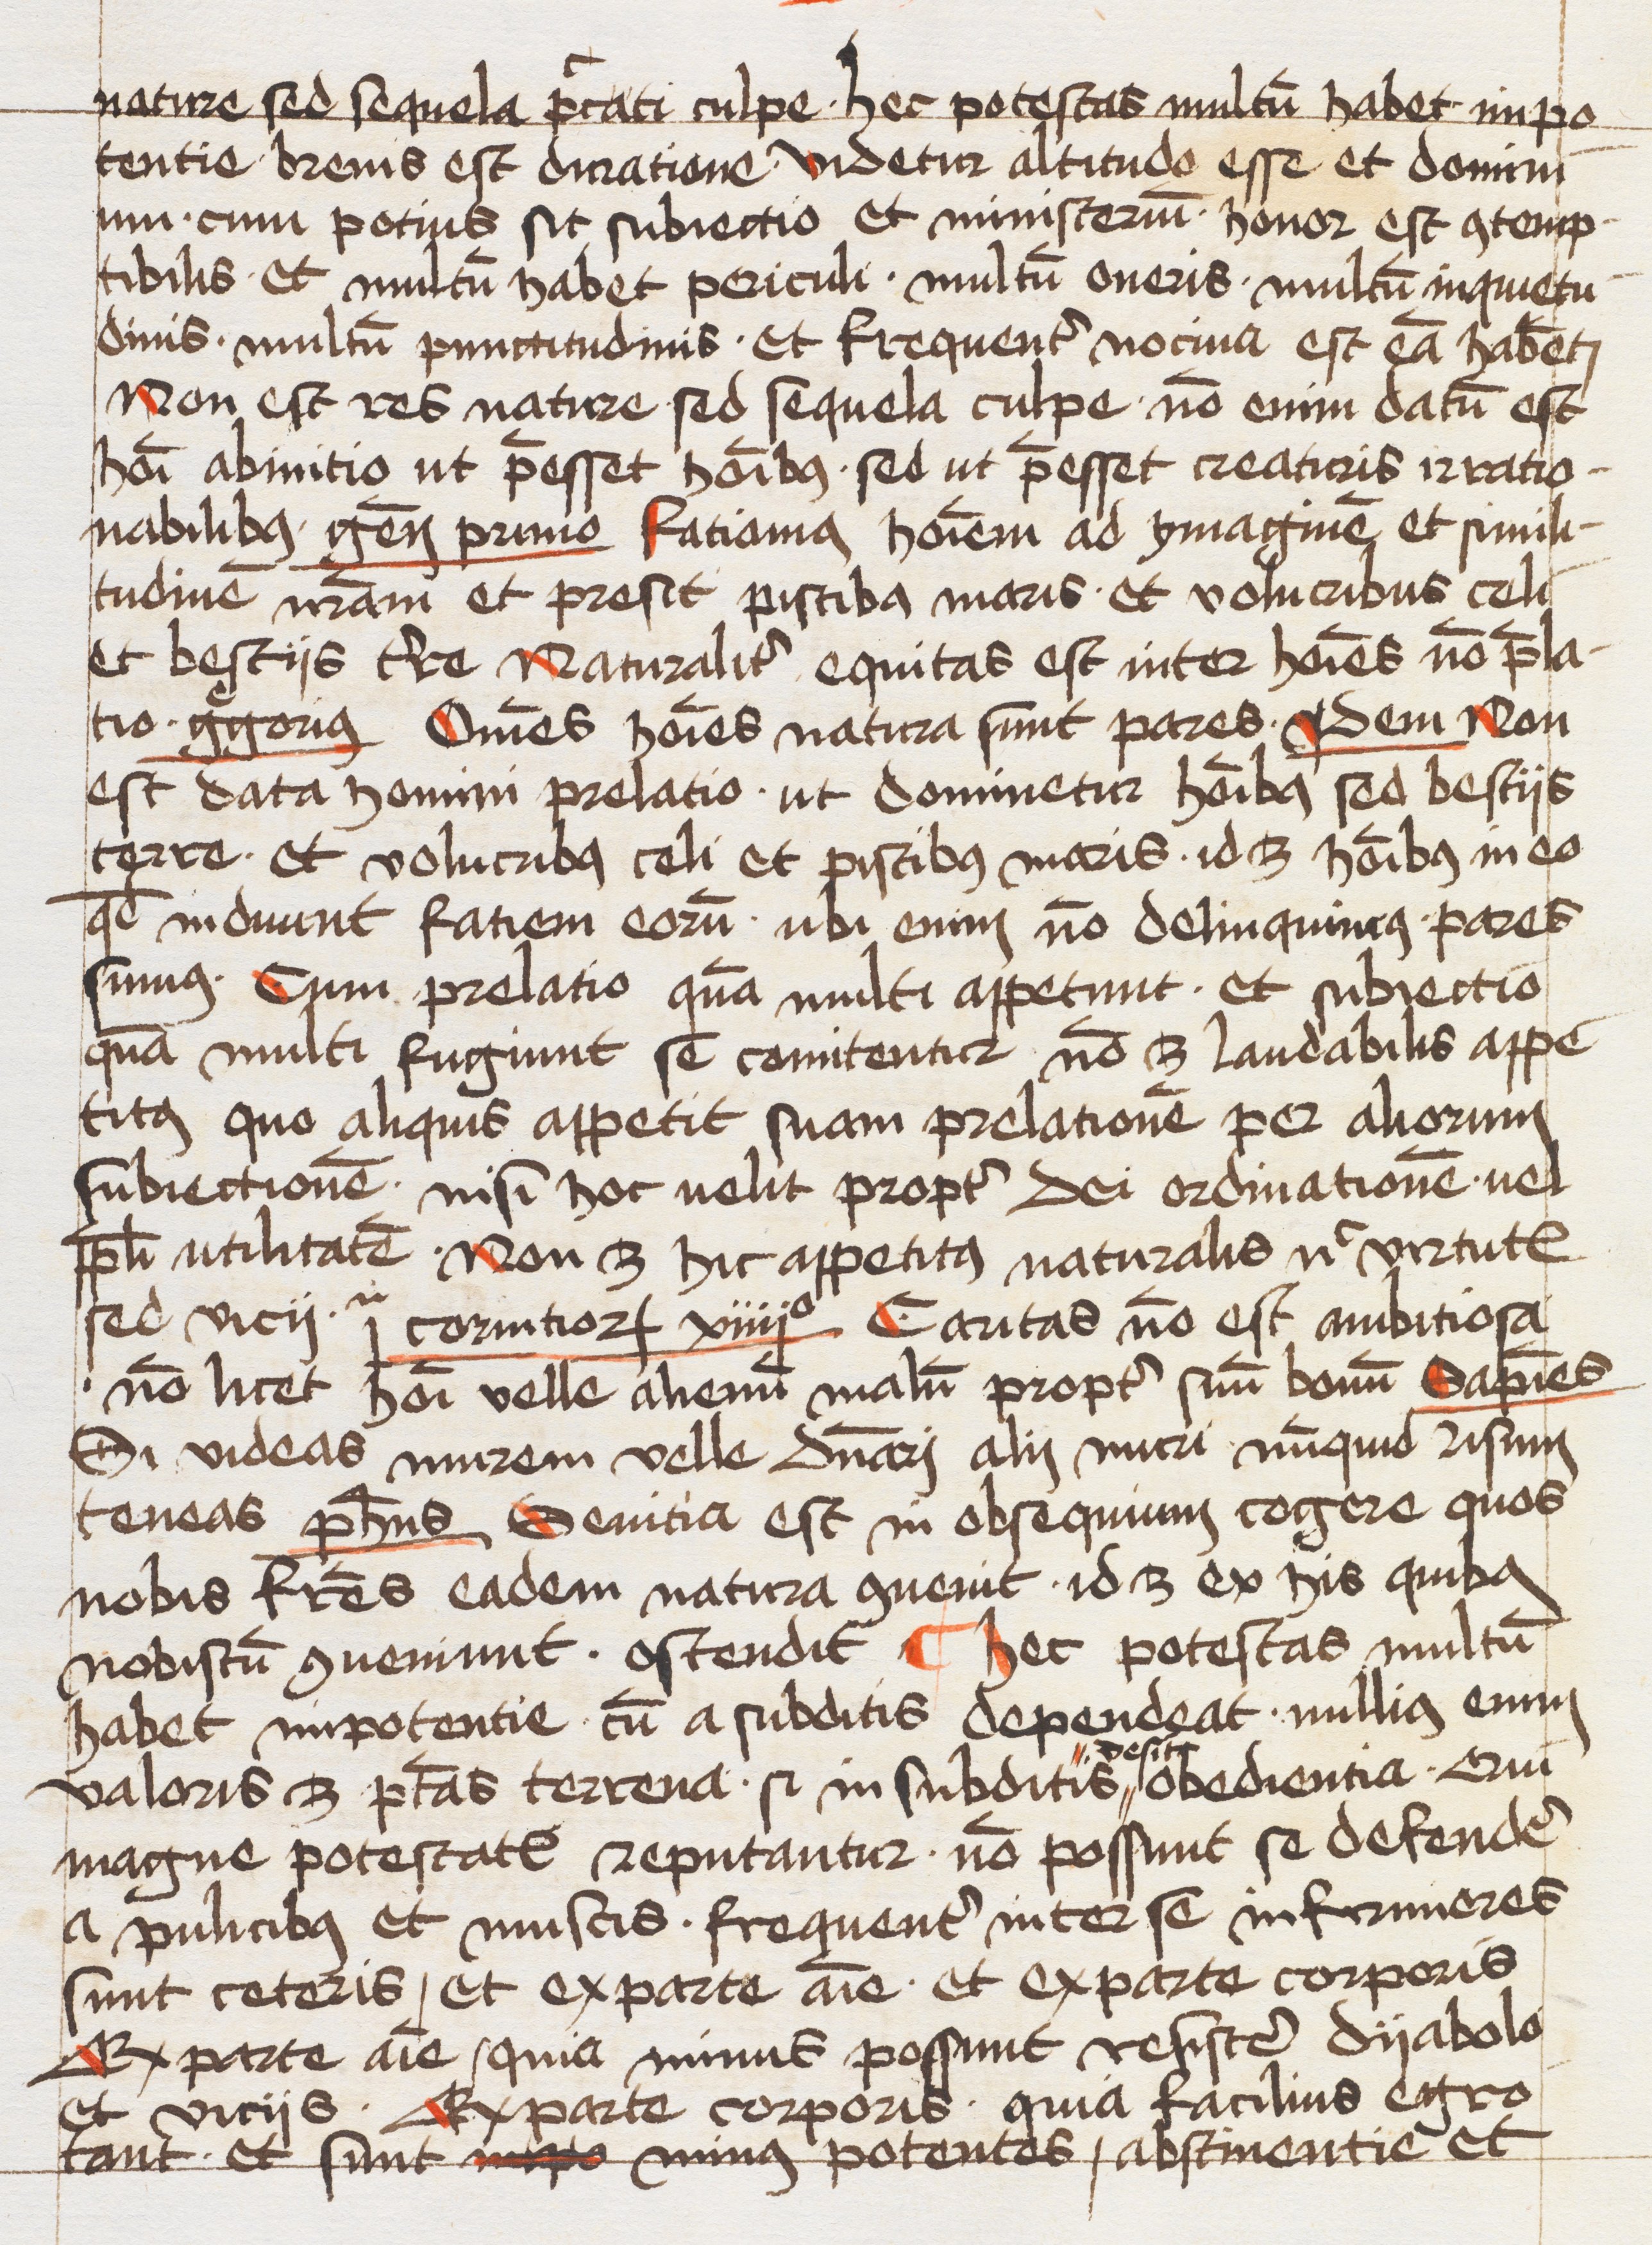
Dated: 1463–1463